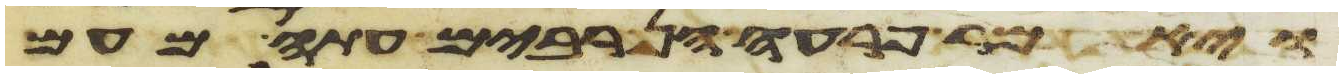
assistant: ויאמר פרעה הן רבים עתה מעם